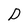
Character: D